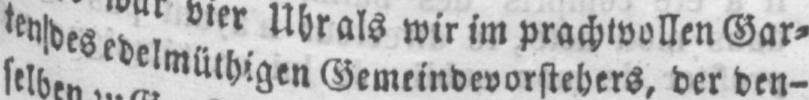
ten des edelmüthigen Gemeindevorstehers, der den-